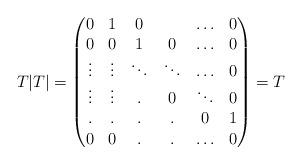
LaTeX: \begin{align*}T|T|= \begin{pmatrix}0 & 1 & 0 & & \ldots& 0\\0 & 0 & 1 & 0 & \ldots & 0\\\vdots &\vdots &\ddots &\ddots & \ldots& 0\\\vdots & \vdots & . & 0 & \ddots & 0\\.& . & . & . & 0 & 1\\0 & 0 & . & . &\ldots & 0 \\\end{pmatrix}=T\end{align*}